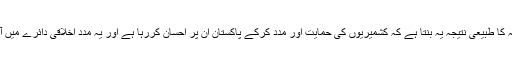
اس بیانیہ کا طبیعی نتیجہ یہ بنتا ہے کہ کشمیریوں کی حمایت اور مدد کرکے پاکستان ان پر احسان کررہا ہے اور یہ مدد اخلاقی دائرے میں آتی ہے ۔